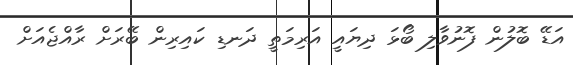
އަޑޭ ބޮލުން ފޮނުވާލި ބޯޅަ ދިޔައީ އަރިމަތީ ދަނޑި ކައިރިން ބޭރަށް ރާއްޖެއަށް